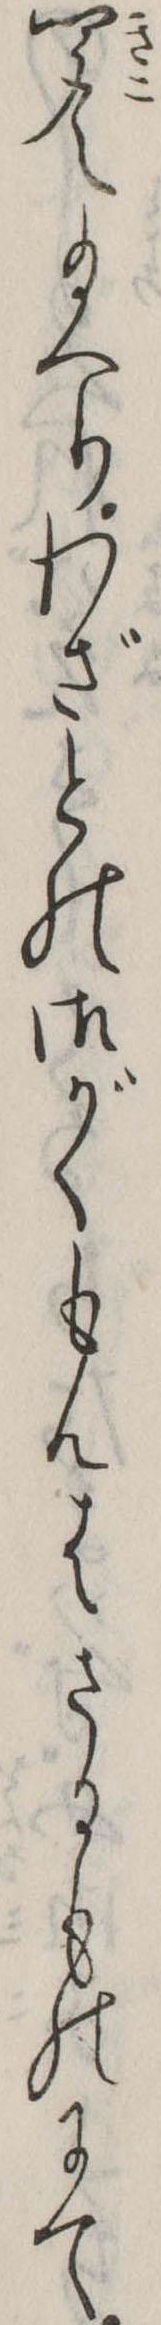
聞え給へりわざとの御がくもんはさるものにて